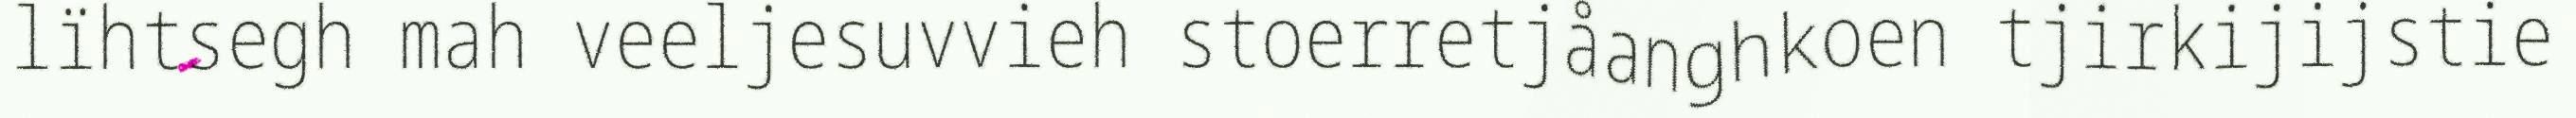
lïhtsegh mah veeljesuvvieh stoerretjåanghkoen tjirkijijstie